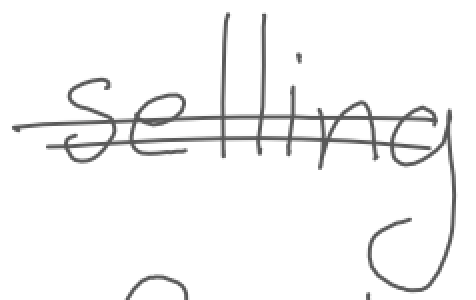
Text: selling
Cross-out: double-line
Writing tool: digital_gray